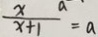
\frac { x a } { x + 1 } = a